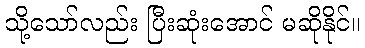
သို့သော်လည်း ပြီးဆုံးအောင် မဆိုနိုင်။